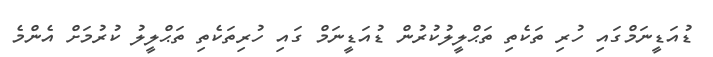
ޑުއަޑީނަމްގައި ހުރި ތަކެތި ތަޙްލީލުކުރުން ޑުއަޑީނަމް ގައި ހުރިތަކެތި ތަޙްލީލު ކުރުމަށް އެންމެ